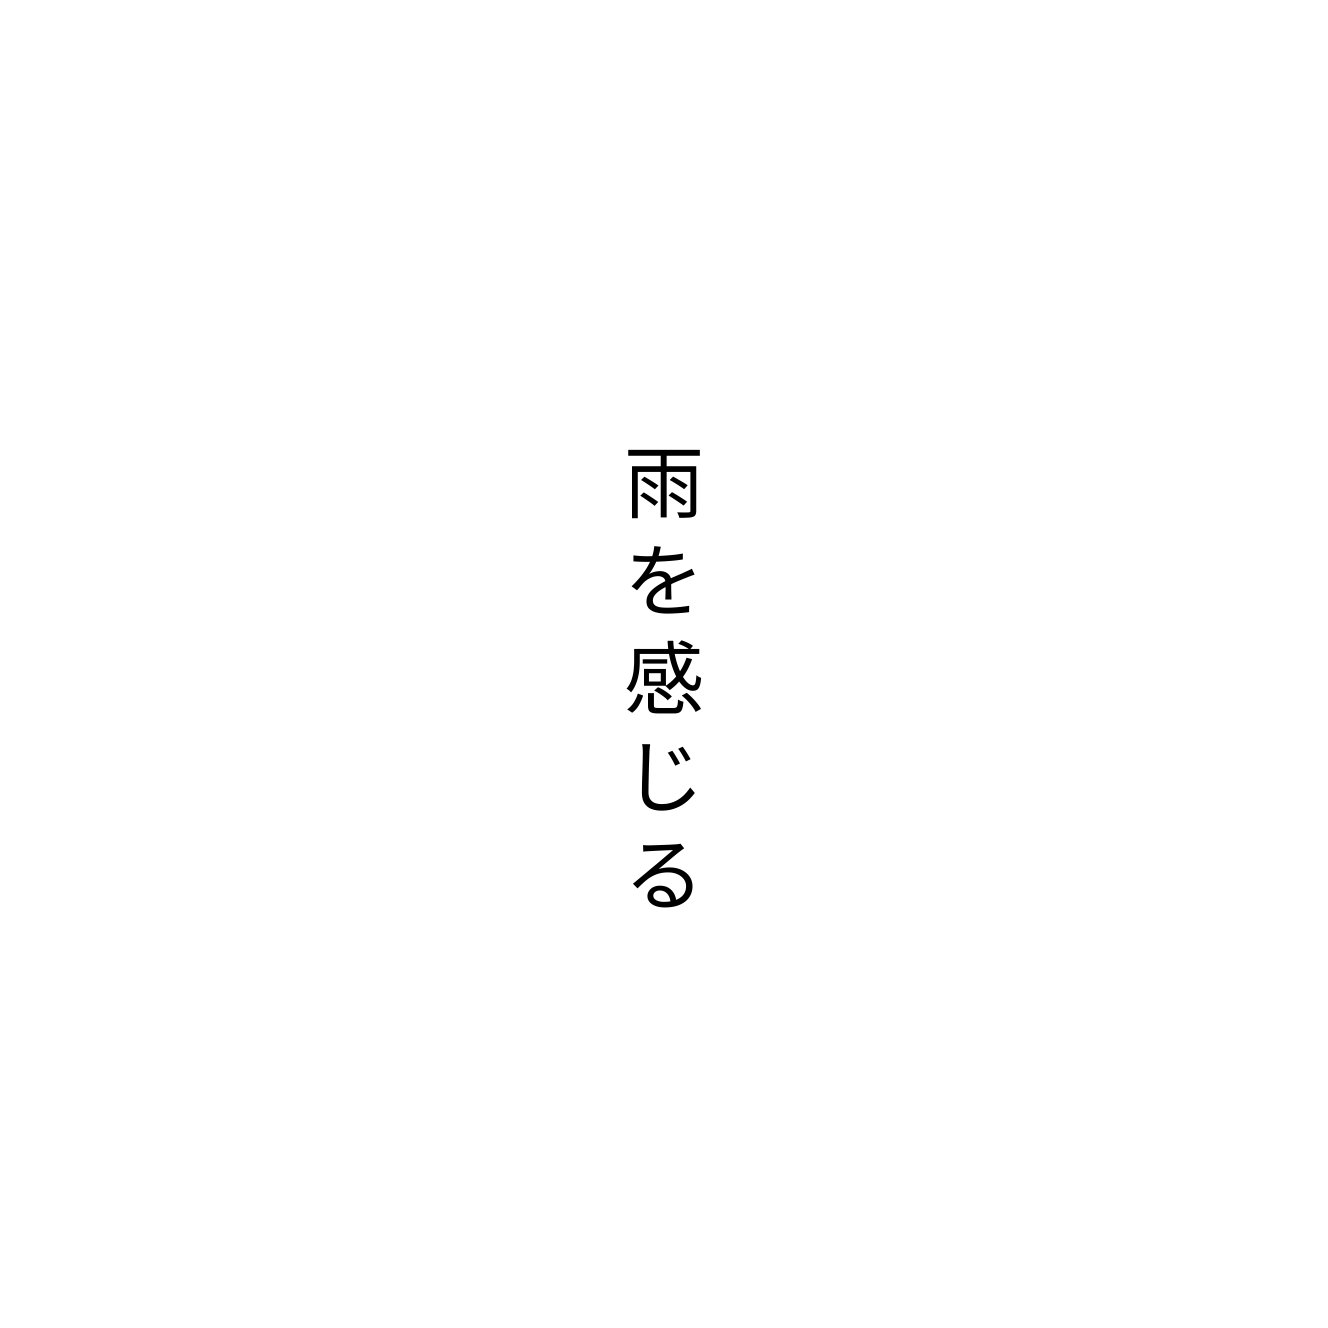
雨を感じる